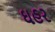
ઘહર